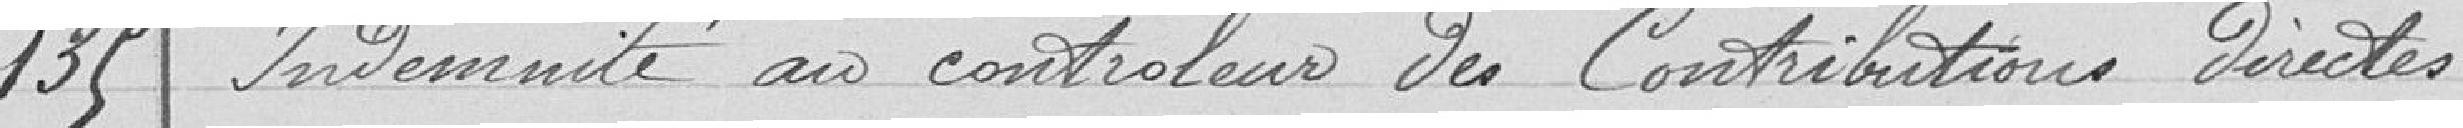
135 Indemnité au contrôleur des Contributions directes